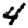
Digit: 4